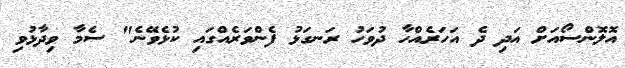
އޮލޮންސޯއަށް އަދި ދެ އަހަރެއްހާ ދުވަހު ރަނގަޅު ފެންވަރެއްގައި ކުޅެވޭނެ" ސެމާ ވިދާޅުވި